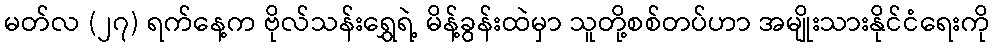
မတ်လ (၂၇) ရက်နေ့က ဗိုလ်သန်းရွှေရဲ့ မိန့်ခွန်းထဲမှာ သူတို့စစ်တပ်ဟာ အမျိုးသားနိုင်ငံရေးကို